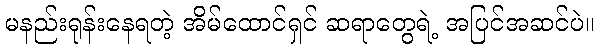
မနည်းရုန်းနေရတဲ့ အိမ်ထောင်ရှင် ဆရာတွေရဲ့ အပြင်အဆင်ပဲ။